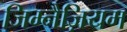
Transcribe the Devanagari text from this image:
जिम्नैज़ियम